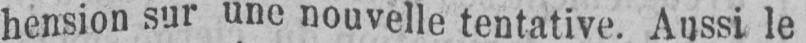
hension sur une nouvelle tentative. Aussi le